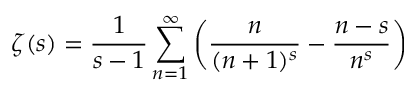
\zeta ( s ) = { \frac { 1 } { s - 1 } } \sum _ { n = 1 } ^ { \infty } \left( { \frac { n } { ( n + 1 ) ^ { s } } } - { \frac { n - s } { n ^ { s } } } \right)